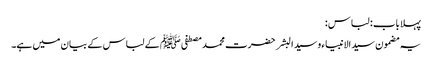
پہلا باب : لباس :
یہ مضمون سید الانبیاء وسید البشر حضرت محمد مصطفی ﷺ کے لباس کے بیان میں ہے۔